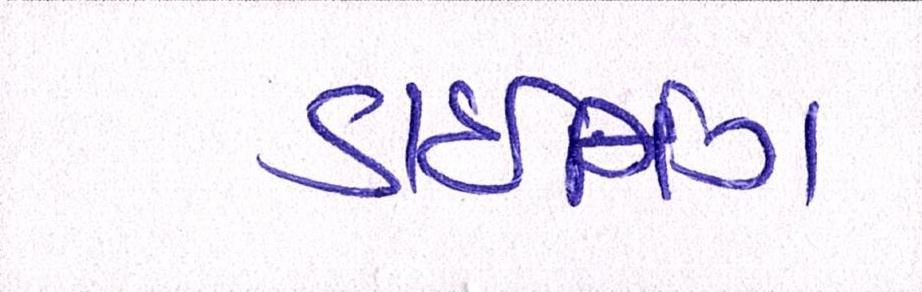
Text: ડાઈનિંગ